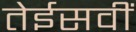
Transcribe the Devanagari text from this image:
तेईसवीं